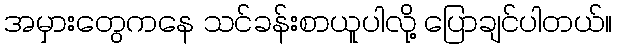
အမှားတွေကနေ သင်ခန်းစာယူပါလို့ ပြောချင်ပါတယ်။